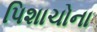
પિશાચોના